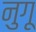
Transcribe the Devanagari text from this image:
नुगू